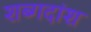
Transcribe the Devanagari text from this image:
शब्गदांश